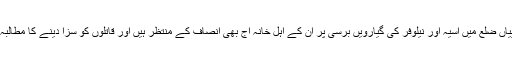
شوپیان// شوپیاں ضلع میں آسیہ اور نیلوفر کی گیارویں برسی پر اُن کے اہل خانہ آج بھی انصاف کے منتظر ہیں اور قاتلوں کو سزا دینے کا مطالبہ کررہے ہیں۔